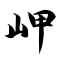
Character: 岬